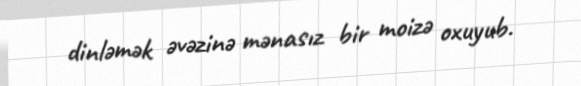
dinləmək əvəzinə mənasız bir moizə oxuyub.